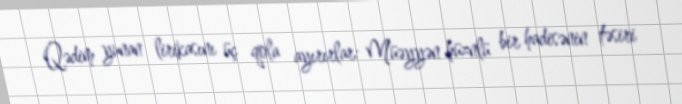
Qədim yunan lirikasını üç qola ayırırlar: Müəyyən hüznlü bir hadisənin təsiri